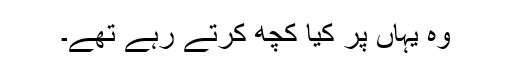
وہ یہاں پر کیا کچھ کرتے رہے تھے۔